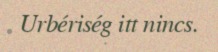
Urbériség itt nincs.